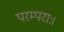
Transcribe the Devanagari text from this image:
परम्पराः।